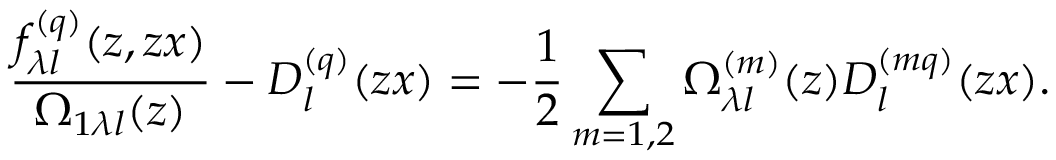
\frac { f _ { \lambda l } ^ { ( q ) } ( z , z x ) } { \Omega _ { 1 \lambda l } ( z ) } - D _ { l } ^ { ( q ) } ( z x ) = - \frac { 1 } { 2 } \sum _ { m = 1 , 2 } \Omega _ { \lambda l } ^ { ( m ) } ( z ) D _ { l } ^ { ( m q ) } ( z x ) .